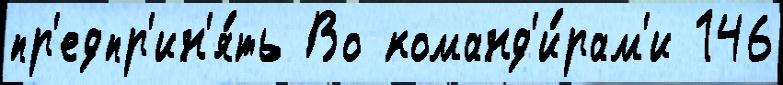
пр'едпр'ин'я́ть Во команд'и́рам'и 146